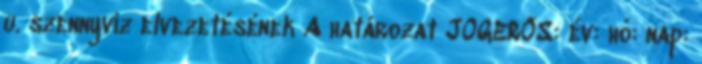
u. szennyvíz elvezetésének A határozat JOGERŐS: év: hó: nap: